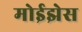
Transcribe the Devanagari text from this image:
मोईझेस